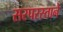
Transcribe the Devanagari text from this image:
सरपरस्ताने